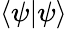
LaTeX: \left\langle\psi|\psi\right\rangle